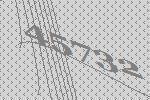
45732